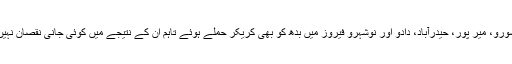
جامشورو، میر پور، حیدرآباد، دادو اور نوشہرو فیروز میں بدھ کو بھی کریکر حملے ہوئے تاہم ان کے نتیجے میں کوئی جانی نقصان نہیں ہوا۔